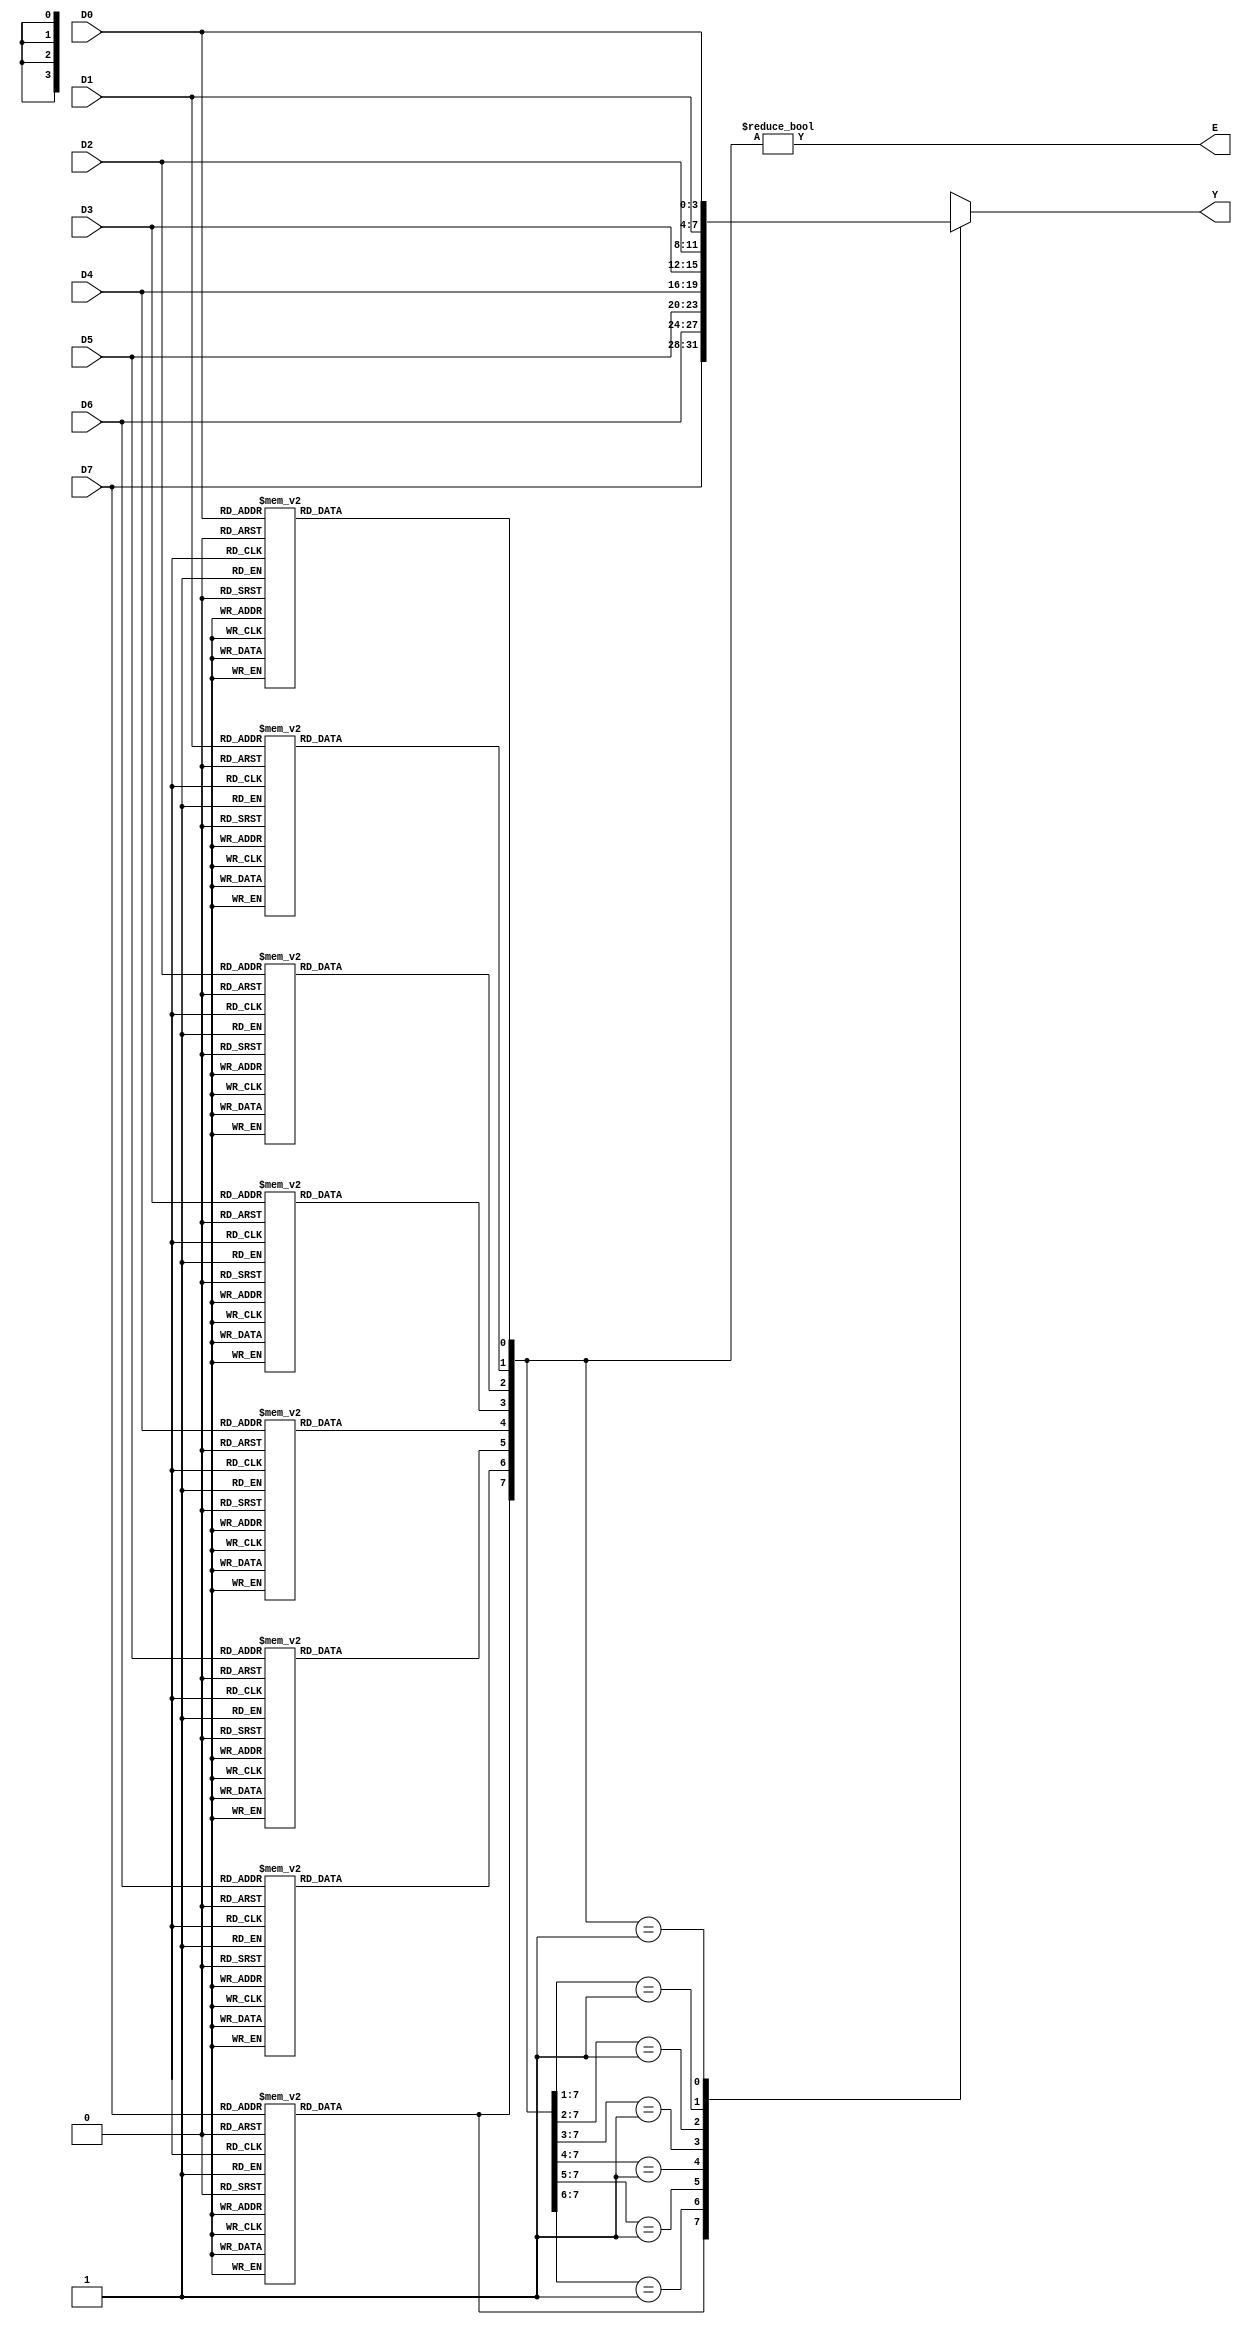
//6.7 E6
module err_id(D7,D6,D5,D4,D3,D2,D1,D0,E,Y);

input wire [3:0] D7,D6,D5,D4,D3,D2,D1,D0;
output reg [3:0] Y;
output wire E;

reg [7:0] e;

always @ (D7)
begin
	case (D7)
		4'b0000: e[7] <= 1'b0;
		4'b0011: e[7] <= 1'b0;
		4'b1100: e[7] <= 1'b0;
		4'b0101: e[7] <= 1'b0;
		4'b1010: e[7] <= 1'b0;
		4'b1001: e[7] <= 1'b0;
		4'b0110: e[7] <= 1'b0;
		4'b1111: e[7] <= 1'b0;
		default: e[7] <= 1'b1;
	endcase
end

always @ (D6)
begin
	case (D6)
		4'b0000: e[6] <= 1'b0;
		4'b0011: e[6] <= 1'b0;
		4'b1100: e[6] <= 1'b0;
		4'b0101: e[6] <= 1'b0;
		4'b1010: e[6] <= 1'b0;
		4'b1001: e[6] <= 1'b0;
		4'b0110: e[6] <= 1'b0;
		4'b1111: e[6] <= 1'b0;
		default: e[6] <= 1'b1;
	endcase
end

always @ (D5)
begin
	case (D5)
		4'b0000: e[5] <= 1'b0;
		4'b0011: e[5] <= 1'b0;
		4'b1100: e[5] <= 1'b0;
		4'b0101: e[5] <= 1'b0;
		4'b1010: e[5] <= 1'b0;
		4'b1001: e[5] <= 1'b0;
		4'b0110: e[5] <= 1'b0;
		4'b1111: e[5] <= 1'b0;
		default: e[5] <= 1'b1;
	endcase
end

always @ (D4)
begin
	case (D4)
		4'b0000: e[4] <= 1'b0;
		4'b0011: e[4] <= 1'b0;
		4'b1100: e[4] <= 1'b0;
		4'b0101: e[4] <= 1'b0;
		4'b1010: e[4] <= 1'b0;
		4'b1001: e[4] <= 1'b0;
		4'b0110: e[4] <= 1'b0;
		4'b1111: e[4] <= 1'b0;
		default: e[4] <= 1'b1;
	endcase
end

always @ (D3)
begin
	case (D3)
		4'b0000: e[3] <= 1'b0;
		4'b0011: e[3] <= 1'b0;
		4'b1100: e[3] <= 1'b0;
		4'b0101: e[3] <= 1'b0;
		4'b1010: e[3] <= 1'b0;
		4'b1001: e[3] <= 1'b0;
		4'b0110: e[3] <= 1'b0;
		4'b1111: e[3] <= 1'b0;
		default: e[3] <= 1'b1;
	endcase
end

always @ (D2)
begin
	case (D2)
		4'b0000: e[2] <= 1'b0;
		4'b0011: e[2] <= 1'b0;
		4'b1100: e[2] <= 1'b0;
		4'b0101: e[2] <= 1'b0;
		4'b1010: e[2] <= 1'b0;
		4'b1001: e[2] <= 1'b0;
		4'b0110: e[2] <= 1'b0;
		4'b1111: e[2] <= 1'b0;
		default: e[2] <= 1'b1;
	endcase
end

always @ (D1)
begin
	case (D1)
		4'b0000: e[1] <= 1'b0;
		4'b0011: e[1] <= 1'b0;
		4'b1100: e[1] <= 1'b0;
		4'b0101: e[1] <= 1'b0;
		4'b1010: e[1] <= 1'b0;
		4'b1001: e[1] <= 1'b0;
		4'b0110: e[1] <= 1'b0;
		4'b1111: e[1] <= 1'b0;
		default: e[1] <= 1'b1;
	endcase
end

always @ (D0)
begin
	case (D0)
		4'b0000: e[0] <= 1'b0;
		4'b0011: e[0] <= 1'b0;
		4'b1100: e[0] <= 1'b0;
		4'b0101: e[0] <= 1'b0;
		4'b1010: e[0] <= 1'b0;
		4'b1001: e[0] <= 1'b0;
		4'b0110: e[0] <= 1'b0;
		4'b1111: e[0] <= 1'b0;
		default: e[0] <= 1'b1;
	endcase
end

always @ (e,D7,D6,D5,D4,D3,D2,D1,D0)
begin
	casex (e)
		8'b1xxx_xxxx: Y <= D7;
		8'b01xx_xxxx: Y <= D6;
		8'b001x_xxxx: Y <= D5;
		8'b0001_xxxx: Y <= D4;
		8'b0000_1xxx: Y <= D3;
		8'b0000_01xx: Y <= D2;
		8'b0000_001x: Y <= D1;
		8'b0000_0001: Y <= D0;
		default: Y <= 4'dx;
	endcase
end

assign E = (e != 8'd0);

endmodule